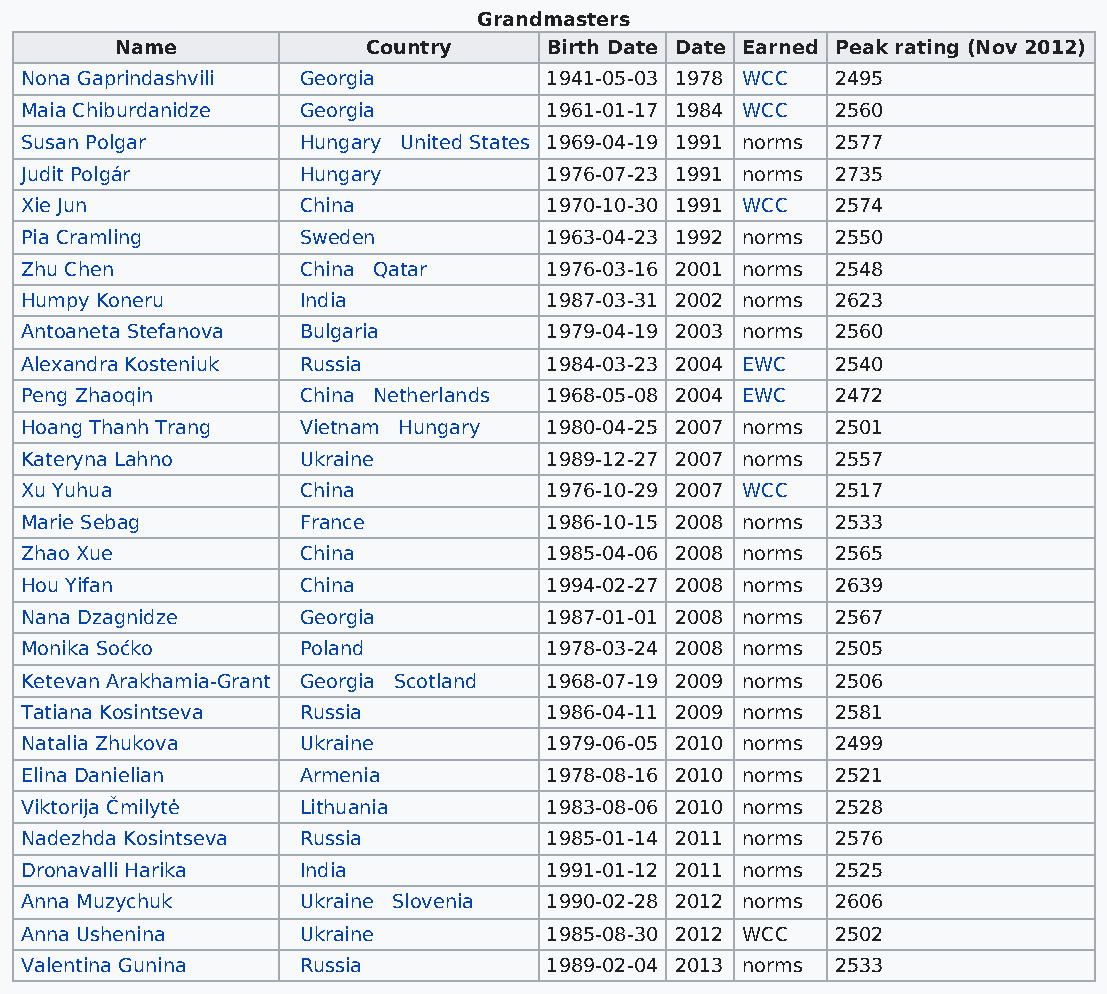
Grandmasters
 Name            Country     Birth Date Date Earned Peak rating (Nov 2012)
 Nona Gaprindashvili Georgia        1941-05-03 1978 WCC 2495
 Maia Chiburdanidze Georgia         1961-01-17 1984 WCC 2560
 Susan Polgar       Hungary United States 1969-04-19 1991 norms 2577
 Judit Polgár       Hungary         1976-07-23 1991 norms 2735
 Xie Jun            China           1970-10-30 1991 WCC 2574
 Pia Cramling       Sweden          1963-04-23 1992 norms 2550
 Zhu Chen           China Qatar     1976-03-16 2001 norms 2548
 Humpy Koneru       India           1987-03-31 2002 norms 2623
 Antoaneta Stefanova Bulgaria       1979-04-19 2003 norms 2560
 Alexandra Kosteniuk Russia         1984-03-23 2004 EWC 2540
 Peng Zhaoqin       China Netherlands 1968-05-08 2004 EWC 2472
 Hoang Thanh Trang  Vietnam Hungary 1980-04-25 2007 norms 2501
 Kateryna Lahno     Ukraine         1989-12-27 2007 norms 2557
 Xu Yuhua           China           1976-10-29 2007 WCC 2517
 Marie Sebag        France          1986-10-15 2008 norms 2533
 Zhao Xue           China           1985-04-06 2008 norms 2565
 Hou Yifan          China           1994-02-27 2008 norms 2639
 Nana Dzagnidze     Georgia         1987-01-01 2008 norms 2567
 Monika Soćko       Poland          1978-03-24 2008 norms 2505
 Ketevan Arakhamia-Grant Georgia Scotland 1968-07-19 2009 norms 2506
 Tatiana Kosintseva Russia          1986-04-11 2009 norms 2581
 Natalia Zhukova    Ukraine         1979-06-05 2010 norms 2499
 Elina Danielian    Armenia         1978-08-16 2010 norms 2521
 Viktorija Čmilytė  Lithuania       1983-08-06 2010 norms 2528
 Nadezhda Kosintseva Russia         1985-01-14 2011 norms 2576
 Dronavalli Harika  India           1991-01-12 2011 norms 2525
 Anna Muzychuk      Ukraine Slovenia 1990-02-28 2012 norms 2606
 Anna Ushenina      Ukraine         1985-08-30 2012 WCC 2502
 Valentina Gunina   Russia          1989-02-04 2013 norms 2533